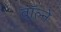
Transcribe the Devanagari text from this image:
वॉल्ने